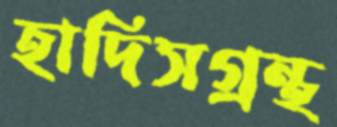
হাদিসগ্রন্থ